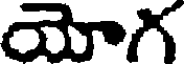
యోగ